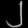
Digit: ၂